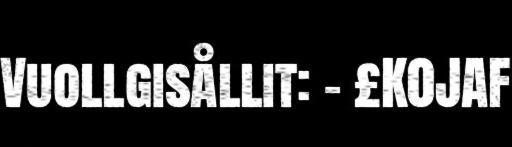
Vuollgisållit: – £K0JAF